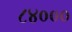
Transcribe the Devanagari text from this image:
८४०००